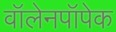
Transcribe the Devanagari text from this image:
वॉलेनपॉपेक